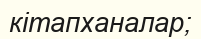
кітапханалар;